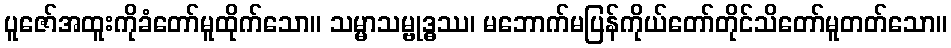
ပူဇော်အထူးကိုခံတော်မူထိုက်သော။ သမ္မာသမ္ဗုဒ္ဓဿ၊ မဘောက်မပြန်ကိုယ်တော်တိုင်သိတော်မူတတ်သော။